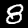
Digit: 8